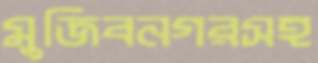
মুজিবনগরসহ